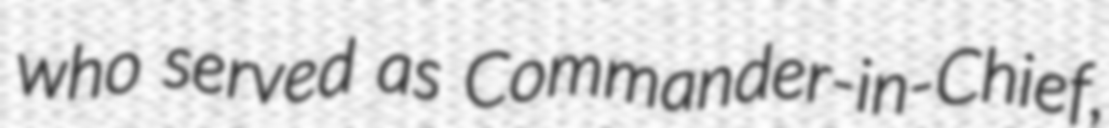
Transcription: who served as Commander-in-Chief,